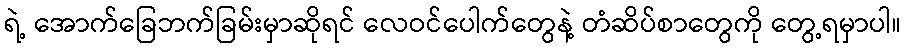
ရဲ့ အောက်ခြေဘက်ခြမ်းမှာဆိုရင် လေဝင်ပေါက်တွေနဲ့ တံဆိပ်စာတွေကို တွေ့ရမှာပါ။